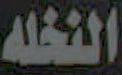
النخله